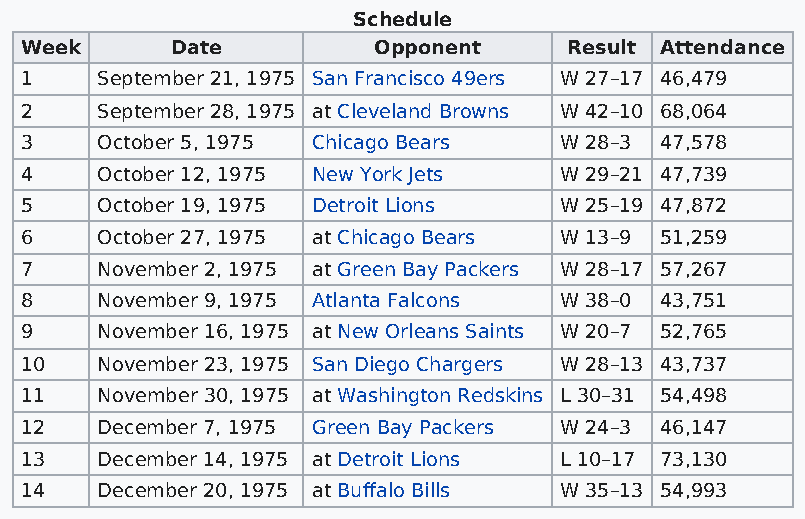
Schedule
 Week      Date          Opponent     Result Attendance
 1    September 21, 1975 San Francisco 49ers W 27–17 46,479
 2    September 28, 1975 at Cleveland Browns W 42–10 68,064
 3    October 5, 1975 Chicago Bears  W 28–3 47,578
 4    October 12, 1975 New York Jets W 29–21 47,739
 5    October 19, 1975 Detroit Lions W 25–19 47,872
 6    October 27, 1975 at Chicago Bears W 13–9 51,259
 7    November 2, 1975 at Green Bay Packers W 28–17 57,267
 8    November 9, 1975 Atlanta Falcons W 38–0 43,751
 9    November 16, 1975 at New Orleans Saints W 20–7 52,765
 10   November 23, 1975 San Diego Chargers W 28–13 43,737
 11   November 30, 1975 at Washington Redskins L 30–31 54,498
 12   December 7, 1975 Green Bay Packers W 24–3 46,147
 13   December 14, 1975 at Detroit Lions L 10–17 73,130
 14   December 20, 1975 at Buffalo Bills W 35–13 54,993